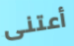
أعتنى